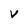
Character: v